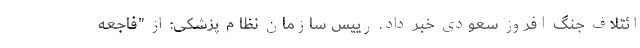
ائتلاف جنگ افروز سعودی خبر داد. رییس سازمان نظام پزشکی: از "فاجعه